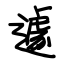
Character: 遽